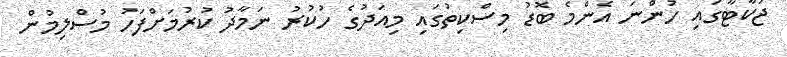
ޖަކާޓާގައި ހުންނަ އެންމެ ބޮޑު މިސްކިތުގައި މިއަދުގެ ހުކުރު ނަމާދު ކުރުމަށްފަހު މުސްލިމުން